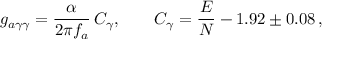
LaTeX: g _ { a \gamma \gamma } = \frac { \alpha } { 2 \pi f _ { a } } \, C _ { \gamma } , \qquad C _ { \gamma } = \frac { E } { N } - 1 . 9 2 \pm 0 . 0 8 \, ,